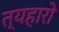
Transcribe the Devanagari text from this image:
त्यहारो